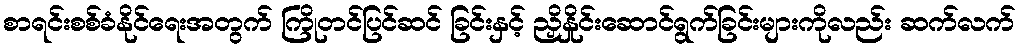
စာရင်းစစ်ခံနိုင်ရေးအတွက် ကြိုတင်ပြင်ဆင် ခြင်းနှင့် ညှိနှိုင်းဆောင်ရွက်ခြင်းများကိုလည်း ဆက်လက်